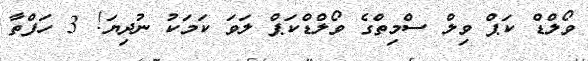
ވޯލްޑް ކަޕް ވިލް ސްމިތްގެ ވޯލްޑްކަޕް ލަވަ ކަމަކު ނުދިޔަ! 3 ހަފްތާ